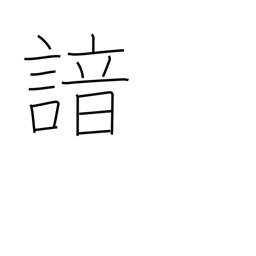
Meaning: recite from memory